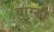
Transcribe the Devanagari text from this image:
वाग्डी